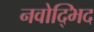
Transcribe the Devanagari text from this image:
नवोद्भिद